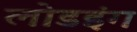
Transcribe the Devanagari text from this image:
लोडइंग